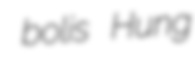
bolis Hung